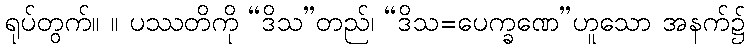
ရုပ်တွက်။ ။ ပဿတိကို “ဒိသ”တည်၊ “ဒိသ=ပေက္ခဏေ”ဟူသော အနက်၌